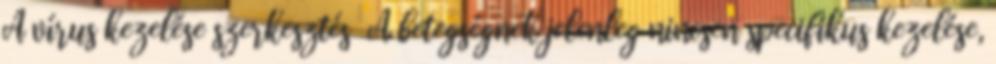
A vírus kezelése szerkesztés A betegségnek jelenleg nincsen specifikus kezelése,